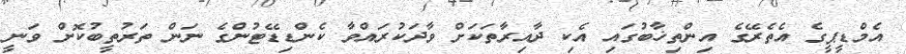
އެމްޑީޕީގެ އެތެރޭގެ އިންތިޚާބުގައި އެކި ދާއިރާތަކަށް ވާދަކުރައްވާ ކެންޑިޑޭޓުންގެ ނަން ތަރުތީބުކޮށް ވަނީ